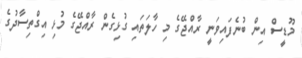
މޫޑީސް އިން ބުނެފައިވަނީ ރާއްޖޭގެ މި ހާލަތައި ގުޅިގެން ރާއްޖޭގެ މުޅި އިގްތިސާދުގެ